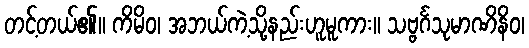
တင့်တယ်၏။ ကိမိဝ၊ အဘယ်ကဲ့သို့နည်းဟူမူကား။ သဗ္ဗင်္ဂသုမာဏိနိဝ၊